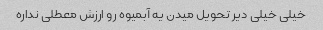
خیلی خیلی دیر تحویل میدن یه آبمیوه رو ارزش معطلی نداره